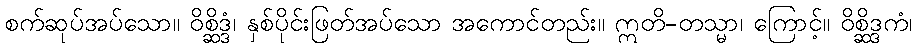
စက်ဆုပ်အပ်သော။ ဝိစ္ဆိဒ္ဒံ၊ နှစ်ပိုင်းဖြတ်အပ်သော အကောင်တည်း။ ဣတိ-တသ္မာ၊ ကြောင့်။ ဝိစ္ဆိဒ္ဒကံ၊